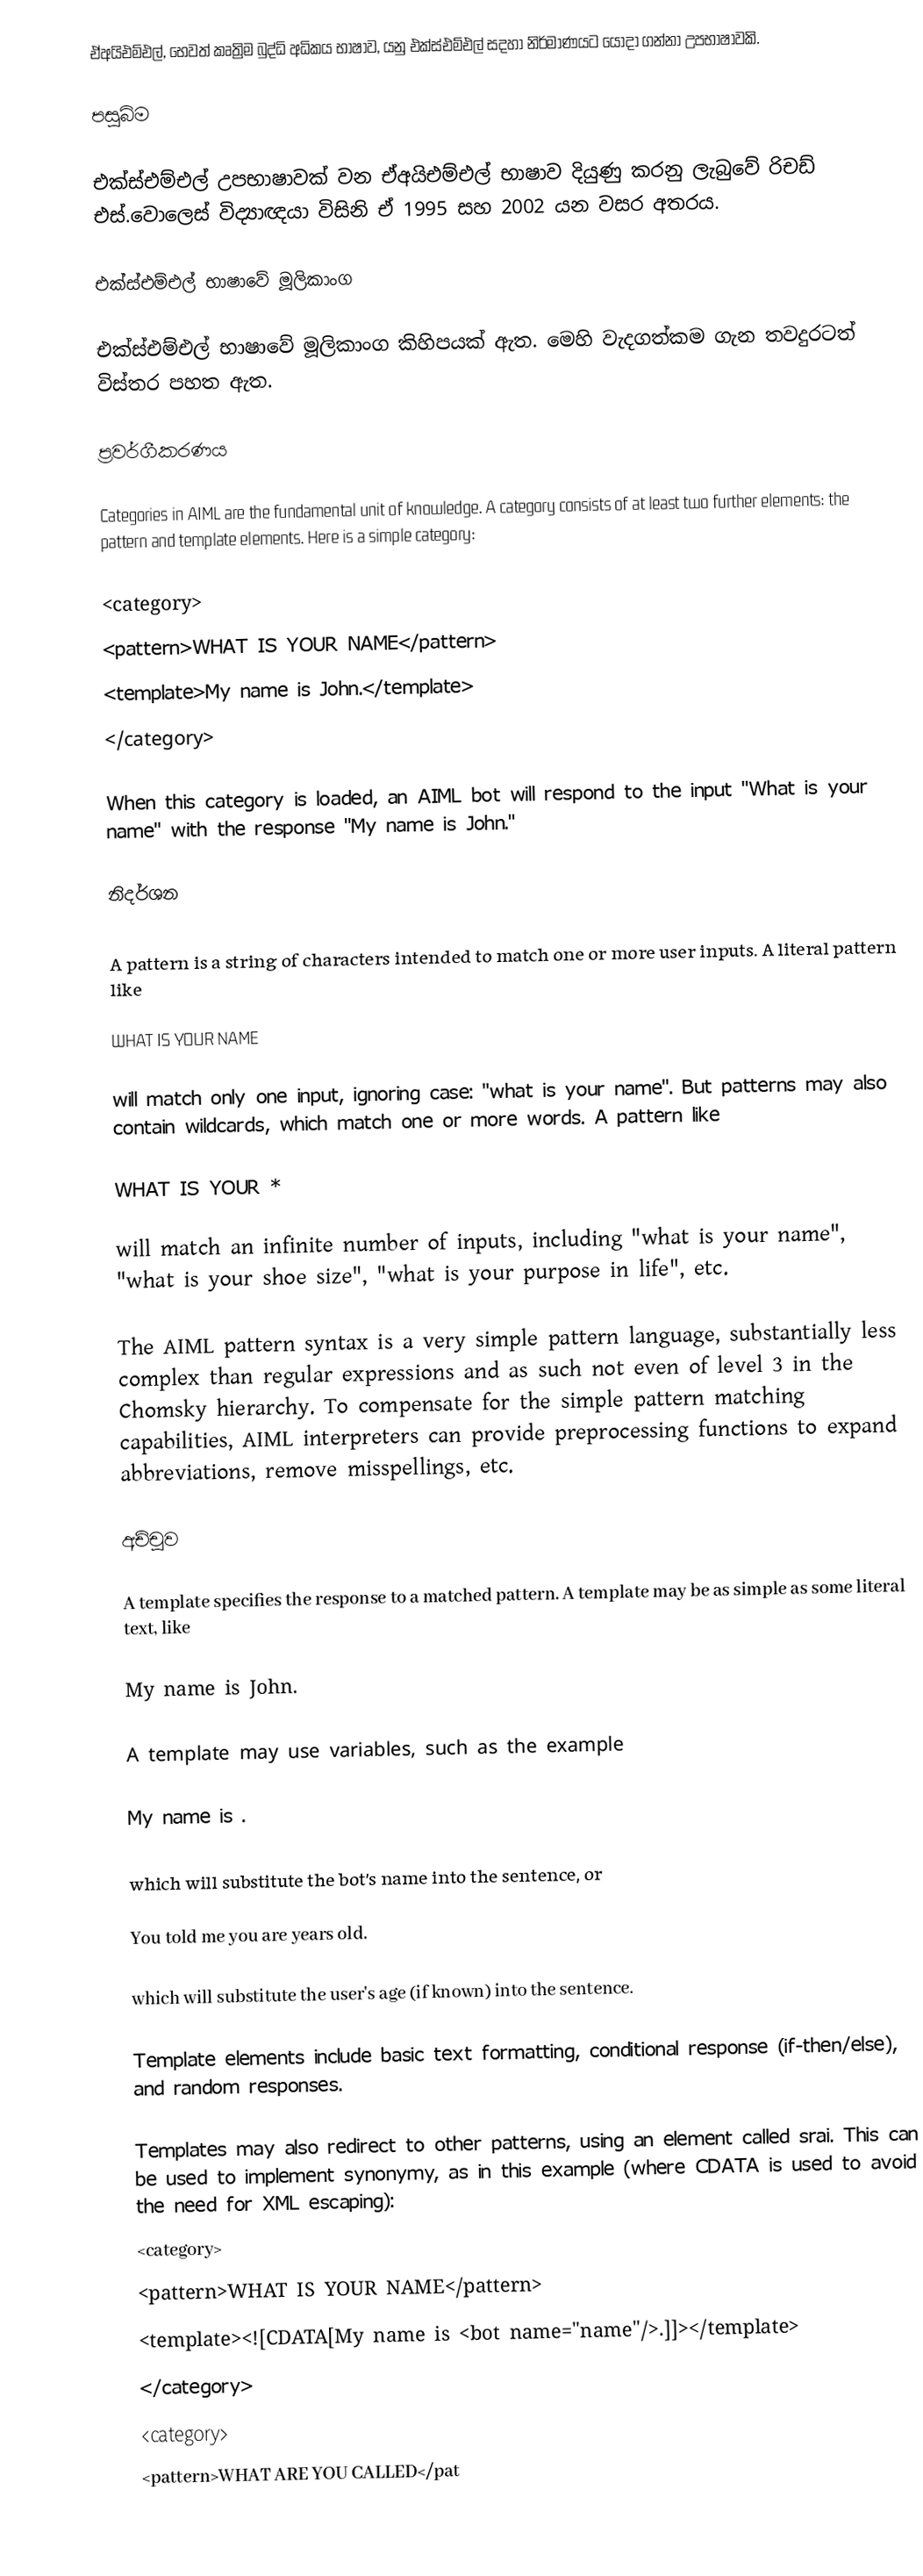
ඒඅයිඑම්එල්, භෙවත් කෘත්‍රිම බුද්ධි අධිකය භාෂාව, යනු එක්ස්එම්එල් සදහා නිර්මාණයට යොදා ගන්නා උපභාෂාවකි.

පසුබිම

එක්ස්එම්එල් උපභාෂාවක්  වන ඒඅයිඑම්එල් භාෂාව දියුණු කරනු ලැබුවේ රිචඩ් එස්.වොලෙස් 	විද්‍යාඥයා විසිනි ඒ 1995 සහ 2002 යන වසර අතරය.

එක්ස්එම්එල් භාෂාවේ මූලිකාංග

එක්ස්එම්එල් භාෂාවේ මූලිකාංග කිහිපයක් ඇත. මෙහි වැදගත්කම ගැන තවදුරටත් විස්තර පහත ඇත.

ප්‍රවර්ගීකරණය

Categories in AIML are the fundamental unit of knowledge. A category consists of at least two further elements: the pattern and template elements.  Here is a simple category:

<category>
  <pattern>WHAT IS YOUR NAME</pattern>
  <template>My name is John.</template>
</category>

When this category is loaded, an AIML bot will respond to the input "What is your name" with the response "My name is John."

නිදර්ශන

A pattern is a string of characters intended to match one or more user inputs.  A literal pattern like

  WHAT IS YOUR NAME

will match only one input, ignoring case: "what is your name".  But patterns may also contain wildcards, which match one or more words.  A pattern like

  WHAT IS YOUR *

will match an infinite number of inputs, including "what is your name", "what is your shoe size", "what is your purpose in life", etc.

The AIML pattern syntax is a very simple pattern language, substantially less complex than regular expressions and as such not even of level 3 in the Chomsky hierarchy. To compensate for the simple pattern matching capabilities, AIML interpreters can provide preprocessing functions to expand abbreviations, remove misspellings, etc.

අච්චුව

A template specifies the response to a matched pattern.  A template may be as simple as some literal text, like

   My name is John.

A template may use variables, such as the example

  My name is .

which will substitute the bot's name into the sentence, or

  You told me you are  years old.

which will substitute the user's age (if known) into the sentence.

Template elements include basic text formatting, conditional response (if-then/else), and random responses.

Templates may also redirect to other patterns, using an element called srai.  This can be used to implement synonymy, as in this example (where CDATA is used to avoid the need for XML escaping):
<category>
  <pattern>WHAT IS YOUR NAME</pattern>
  <template><![CDATA[My name is <bot name="name"/>.]]></template>
</category>
<category>
  <pattern>WHAT ARE YOU CALLED</pat